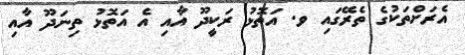
އެރަށްތަކުގެ ތެރޭގައި ވ. އަތޮޅު ރަކީދޫ އާއި އެ އަތޮޅު ތިނަދޫ އާއި